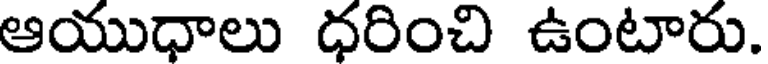
ఆయుధాలు ధరించి ఉంటారు.